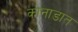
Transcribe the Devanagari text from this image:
कोनाडात